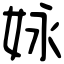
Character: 𡛻